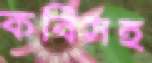
কবিসহ